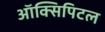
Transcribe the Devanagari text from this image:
ऑक्सिपिटल